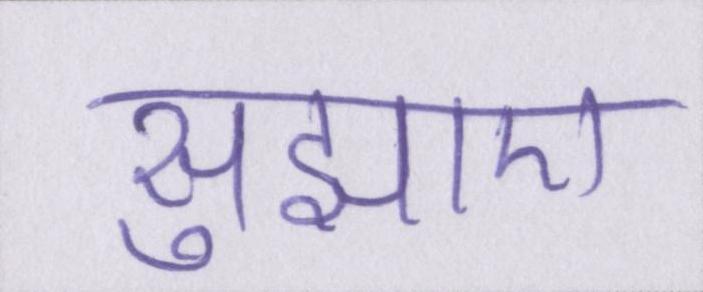
सुझाए